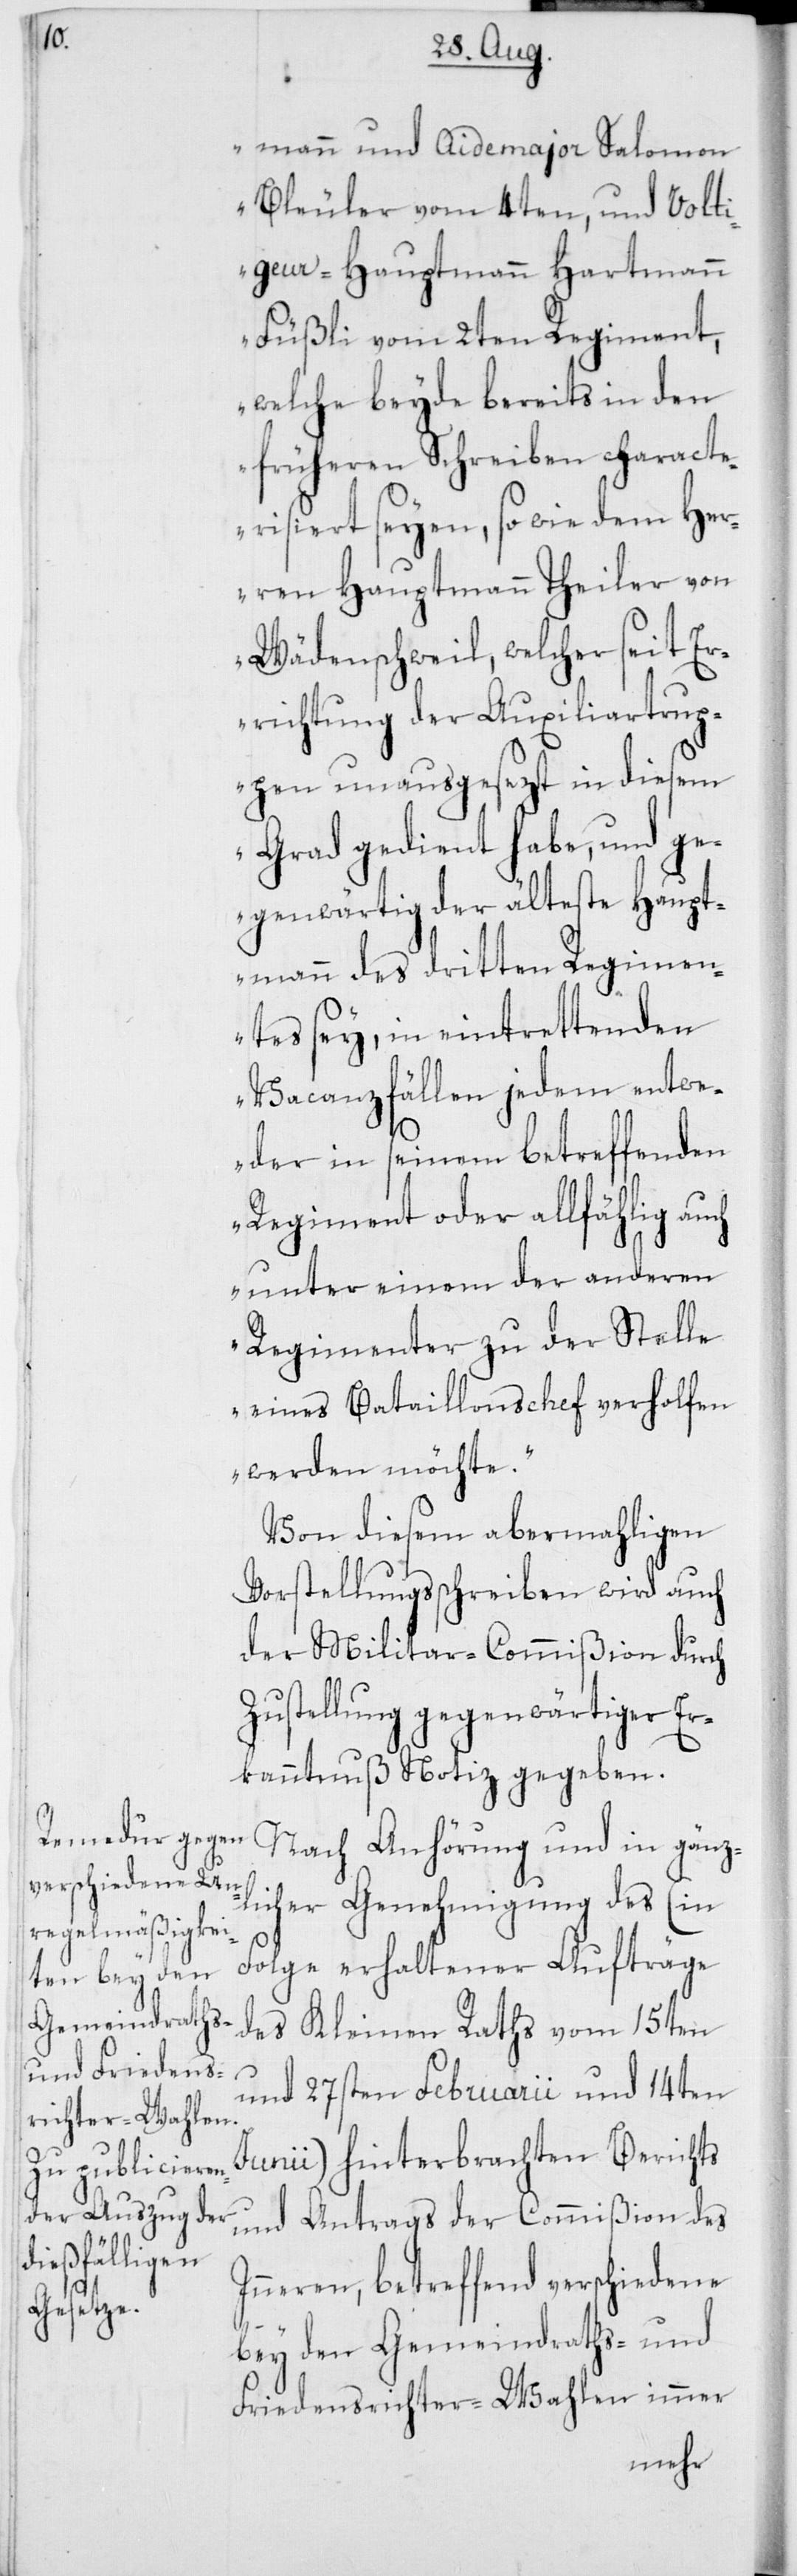
mann und Aidemajor Salomon
Bleuler vom 4ten, und Volt¬
igeur-Hauptmann Hartmann
Füßli vom 2ten Regiment,
welche beyde bereits in den
früheren Schreiben charact¬
erisiert seyen, sowie dem Her¬
ren Hauptmann Theiler von
Wädenschweil, welcher seit Er¬
richtung der Auxiliartrup¬
pen unausgesezt in diesem
Grad gedient habe, und ge¬
genwärtig der älteste Haupt¬
mann des dritten Regimen¬
tes sey, in eintrettenden
Vacanzfällen jedem entwe¬
der in seinem betreffenden
Regiment oder allfählig auch
unter einem der anderen
Regimenter zu der Stelle
eines Bataillonschef verholfen
werden möchte“.
Von diesem abermahligen
Vorstellungßchreiben wird auch
der Militar-Commißion durch
Zustellung gegenwärtiger Er¬
kanntnuß Notiz gegeben.
licher Genehmigung des (in
Folge erhaltener Aufträge
des Kleinen Raths vom 15ten
und in gänz¬
und 27sten Februarii und 14ten
Junii) hinterbrachten Berichts
und Antrags der Commißion des
Inneren, betreffend verschiedene
bey den Gemeindraths- und
Friedensrichter-Wahlen immer